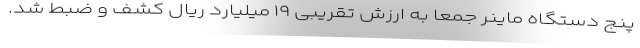
پنج دستگاه ماینر جمعا به ارزش تقریبی ۱۹ میلیارد ریال کشف و ضبط شد.